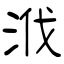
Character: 浌